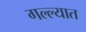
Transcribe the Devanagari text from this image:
गल्ल्यात